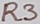
Text: R3